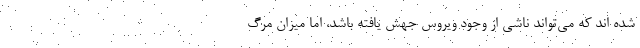
شده اند که می‌تواند ناشی از وجود ویروس جهش یافته باشد، اما میزان مرگ